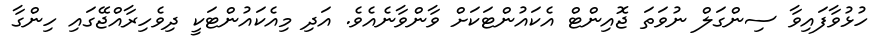
ހުޅުވާފައިވާ ސިންގަލް ނުވަތަ ޖޮއިންޓް އެކައުންޓަކަށް ވާންވާނެއެވެ. އަދި މިއެކައުންޓަކީ ދިވެހިރާއްޖޭގައި ހިންގާ